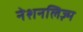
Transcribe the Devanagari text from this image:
नेशनलिज़्म